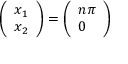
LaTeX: \left( { \begin{array} { l } { x _ { 1 } } \\ { x _ { 2 } } \end{array} } \right) = \left( { \begin{array} { l } { n \pi } \\ { 0 } \end{array} } \right)